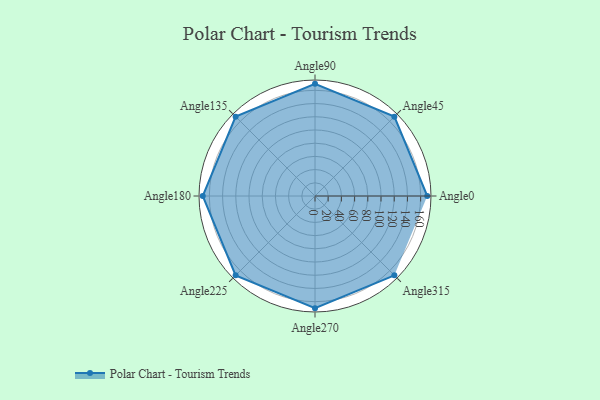
{"axis": {"x": "Angle", "y": "Radius"}, "legend": [""], "data": [{"x": "Angle0", "y": 170, "type": ""}, {"x": "Angle45", "y": 170, "type": ""}, {"x": "Angle90", "y": 170, "type": ""}, {"x": "Angle135", "y": 170, "type": ""}, {"x": "Angle180", "y": 170, "type": ""}, {"x": "Angle225", "y": 170, "type": ""}, {"x": "Angle270", "y": 170, "type": ""}, {"x": "Angle315", "y": 170, "type": ""}]}